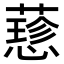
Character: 𦾂